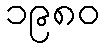
၁၉၈၀